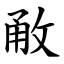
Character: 㪌